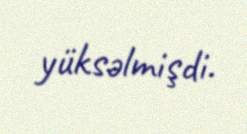
yüksəlmişdi.